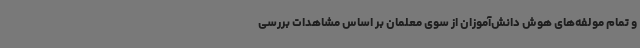
و تمام مولفه‌های هوش دانش‌آموزان از سوی معلمان بر اساس مشاهدات بررسی